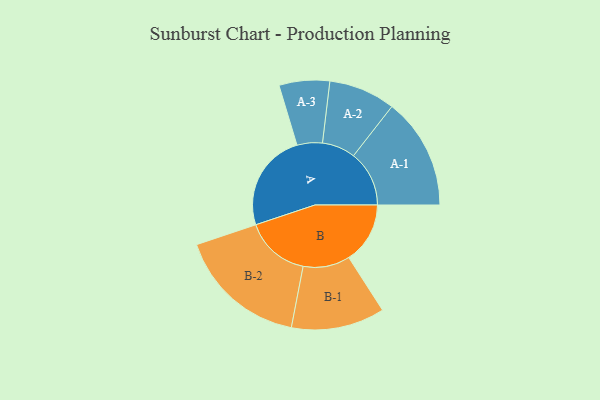
{"axis": {"x": "Segment", "y": "Value"}, "legend": ["", "A", "B"], "data": [{"x": "A", "y": 439, "type": ""}, {"x": "B", "y": 274, "type": ""}, {"x": "A-1", "y": 249, "type": "A"}, {"x": "A-2", "y": 149, "type": "A"}, {"x": "A-3", "y": 113, "type": "A"}, {"x": "B-1", "y": 209, "type": "B"}, {"x": "B-2", "y": 290, "type": "B"}]}